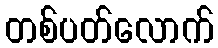
တစ်ပတ်လောက်